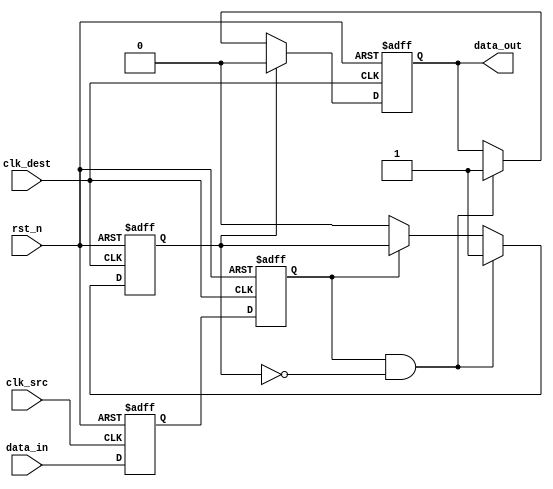
module pulsed_synchronizer (
    input wire clk_src,       // Source clock
    input wire clk_dest,      // Destination clock
    input wire data_in,       // Asynchronous input signal
    input wire rst_n,         // Asynchronous reset (active low)
    output reg data_out       // Pulsed output signal
);
    // Intermediate signals
    reg sync_ff1;             // First stage of flip-flop
    reg sync_ff2;             // Second stage of flip-flop
    reg pulse;                // Signal for pulse generation

    // Synchronization stage 1: Sample data_in on clk_src
    always @(posedge clk_src or negedge rst_n) begin
        if (!rst_n) begin
            sync_ff1 <= 1'b0;
        end else begin
            sync_ff1 <= data_in;
        end
    end

    // Synchronization stage 2: Sample sync_ff1 on clk_dest
    always @(posedge clk_dest or negedge rst_n) begin
        if (!rst_n) begin
            sync_ff2 <= 1'b0;
        end else begin
            sync_ff2 <= sync_ff1;
        end
    end

    // Pulse generation logic
    always @(posedge clk_dest or negedge rst_n) begin
        if (!rst_n) begin
            data_out <= 1'b0;
            pulse <= 1'b0;
        end else begin
            if (sync_ff2 && !pulse) begin
                data_out <= 1'b1; // Generate pulse
                pulse <= 1'b1;    // Set pulse high
            end else if (!sync_ff2) begin
                pulse <= 1'b0;    // Reset pulse when sync_ff2 goes low
            end
            // Ensure data_out is pulsed for one clock cycle
            if (pulse) begin
                data_out <= 1'b0; // Clear pulse after one clock cycle
            end
        end
    end

endmodule